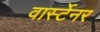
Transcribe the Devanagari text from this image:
वार्स्टेनर